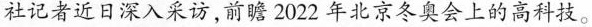
社记者近日深入采访,前瞻 2022 年北京冬奥会上的高科技